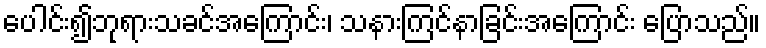
ပေါင်း၍ဘုရားသခင်အကြောင်း၊ သနားကြင်နာခြင်းအကြောင်း ပြောသည်။